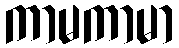
ကာမကာမာ